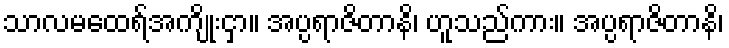
သာလမထေရ်အကျိုးငှာ။ အပ္ပရာဇိတာနိ၊ ဟူသည်ကား။ အပ္ပရာဇိတာနိ၊